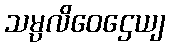
သမ္ပလိဝေဌေယျ